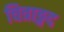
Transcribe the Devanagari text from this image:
चित्राङ्गद